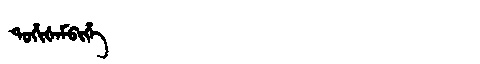
Manchu: ᡨᠣᡥᡳᡧᠠᠮᠪᡳᡥᡝ
Romanization: TOHIŠAMBIHE